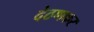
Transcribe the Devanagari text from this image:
देठणकर